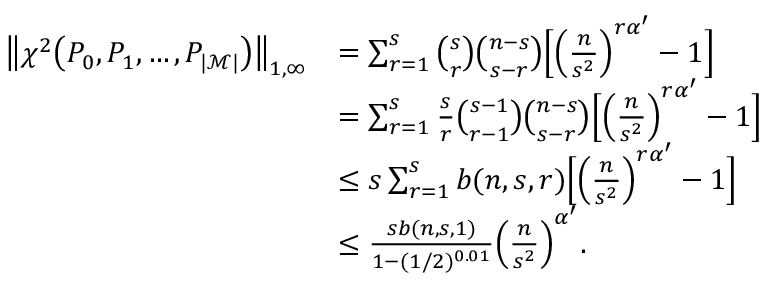
\begin{array} { r l } { \big \| \chi ^ { 2 } \big ( P _ { 0 } , P _ { 1 } , \dots , P _ { | { \mathcal M } | } \big ) \big \| _ { 1 , \infty } } & { = \sum _ { r = 1 } ^ { s } \binom { s } { r } \binom { n - s } { s - r } \Big [ \Big ( \frac { n } { s ^ { 2 } } \Big ) ^ { r \alpha ^ { \prime } } - 1 \Big ] } \\ & { = \sum _ { r = 1 } ^ { s } \frac { s } { r } \binom { s - 1 } { r - 1 } \binom { n - s } { s - r } \Big [ \Big ( \frac { n } { s ^ { 2 } } \Big ) ^ { r \alpha ^ { \prime } } - 1 \Big ] } \\ & { \leq s \sum _ { r = 1 } ^ { s } b ( n , s , r ) \Big [ \Big ( \frac { n } { s ^ { 2 } } \Big ) ^ { r \alpha ^ { \prime } } - 1 \Big ] } \\ & { \leq \frac { s b ( n , s , 1 ) } { 1 - ( 1 / 2 ) ^ { 0 . 0 1 } } \Big ( \frac n { s ^ { 2 } } \Big ) ^ { \alpha ^ { \prime } } . } \end{array}